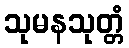
သုမနသုတ္တံ